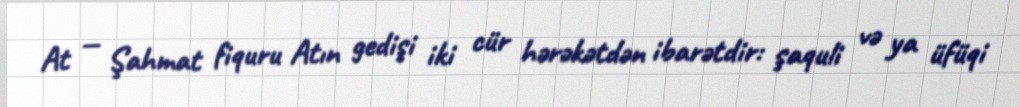
At — Şahmat fiquru Atın gedişi iki cür hərəkətdən ibarətdir: şaquli və ya üfüqi